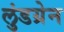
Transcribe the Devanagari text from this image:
लुंडग्रेन